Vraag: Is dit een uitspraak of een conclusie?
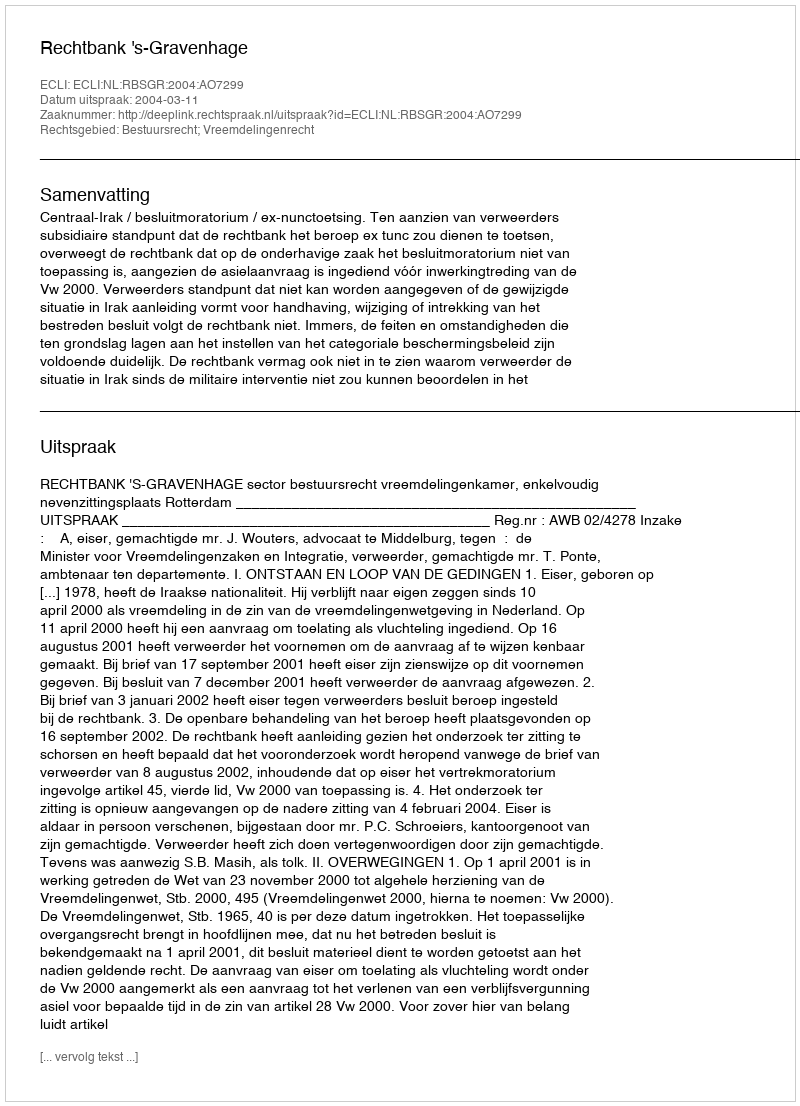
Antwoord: Uitspraak